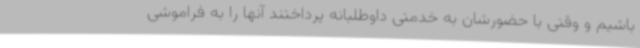
باشیم و وقتی با حضورشان به خدمتی داوطلبانه پرداختند آنها را به فراموشی